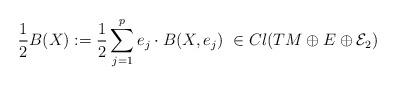
\begin{align*}\frac{1}{2}B(X):=\frac{1}{2}\sum_{j=1}^pe_j\cdot B(X,e_j)\ \in Cl(TM\oplus E\oplus \mathcal{E}_2)\end{align*}